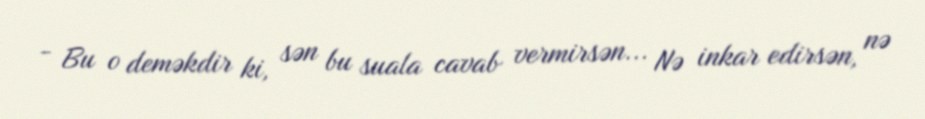
- Bu o deməkdir ki, sən bu suala cavab vermirsən... Nə inkar edirsən, nə